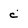
Character: c